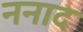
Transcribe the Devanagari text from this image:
ननाद